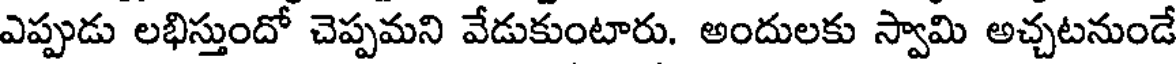
ఎప్పుడు లభిస్తుందో చెప్పమని వేడుకుంటారు. అందులకు స్వామి అచ్చటనుండే